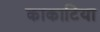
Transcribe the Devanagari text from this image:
काकाटिया